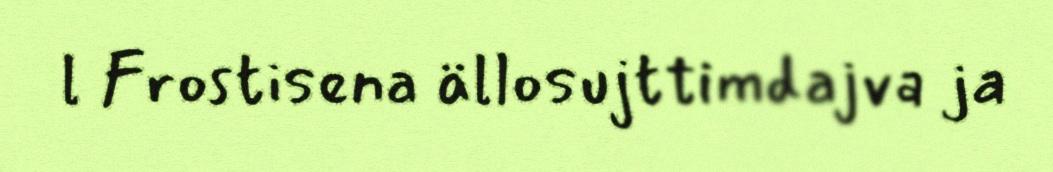
l Frostisena ällosujttimdajva ja